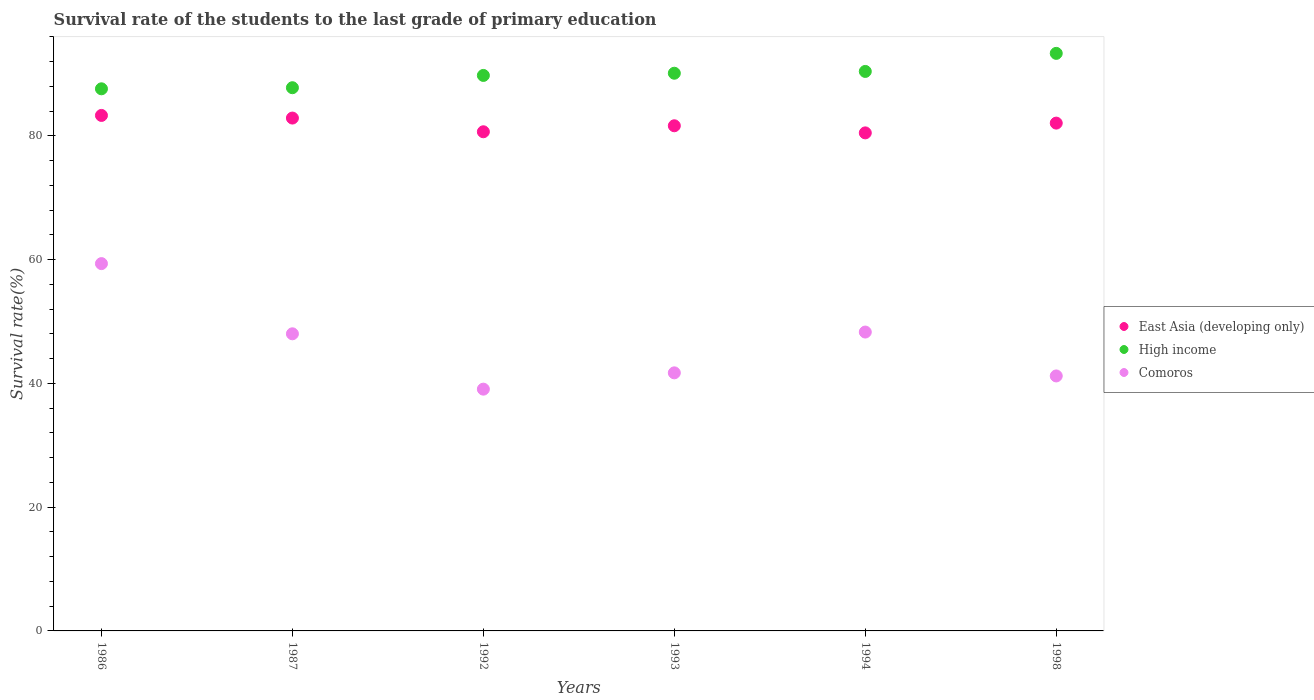
| Years | East Asia (developing only) | High income | Comoros |
 | --- | --- | --- | --- |
 | 1986 | 83.3 | 87.6 | 59.4 |
 | 1987 | 82.9 | 87.8 | 48 |
 | 1992 | 80.7 | 89.8 | 39.1 |
 | 1993 | 81.7 | 90.1 | 41.7 |
 | 1994 | 80.5 | 90.4 | 48.3 |
 | 1998 | 82.1 | 93.4 | 41.2 |